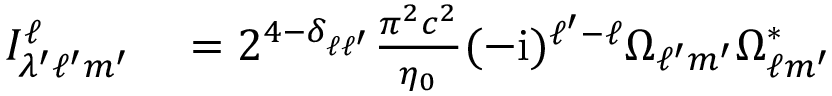
\begin{array} { r l } { I _ { \lambda ^ { \prime } \ell ^ { \prime } m ^ { \prime } } ^ { \ell } } & { { } = 2 ^ { 4 - \delta _ { \ell \ell ^ { \prime } } } \frac { \pi ^ { 2 } c ^ { 2 } } { \eta _ { 0 } } ( - \mathrm { i } ) ^ { \ell ^ { \prime } - \ell } \Omega _ { \ell ^ { \prime } m ^ { \prime } } \Omega _ { \ell m ^ { \prime } } ^ { * } } \end{array}